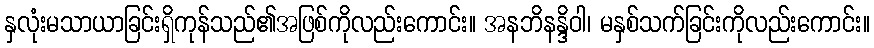
နှလုံးမသာယာခြင်းရှိကုန်သည်၏အဖြစ်ကိုလည်းကောင်း။ အနဘိနန္ဒိဝါ၊ မနှစ်သက်ခြင်းကိုလည်းကောင်း။